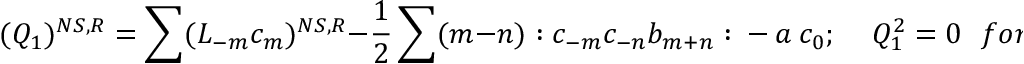
( Q _ { 1 } ) ^ { N S , R } = \sum ( L _ { - m } c _ { m } ) ^ { N S , R } - \frac { 1 } { 2 } \sum ( m - n ) : c _ { - m } c _ { - n } b _ { m + n } : ~ - ~ a ~ c _ { 0 } ; ~ ~ ~ ~ ~ Q _ { 1 } ^ { 2 } = 0 ~ ~ ~ f o r ~ a = 1 .